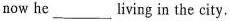
now he___living in the city.